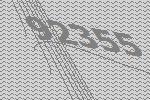
92355